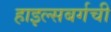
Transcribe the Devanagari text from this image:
हाइल्सबर्गची